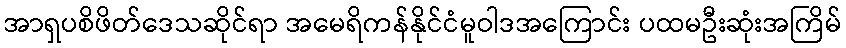
အာရှပစိဖိတ်ဒေသဆိုင်ရာ အမေရိကန်နိုင်ငံမူဝါဒအကြောင်း ပထမဦးဆုံးအကြိမ်